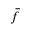
\bar { f }